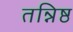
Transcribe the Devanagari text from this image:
तन्निष्ठ